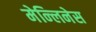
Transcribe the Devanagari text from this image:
मेन्लिनेस